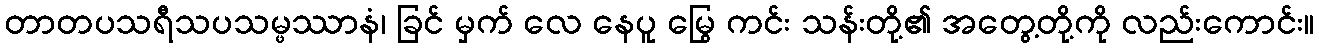
တာတပသရီသပသမ္ဖဿာနံ၊ ခြင် မှက် လေ နေပူ မြွေ ကင်း သန်းတို့၏ အတွေ့တို့ကို လည်းကောင်း။